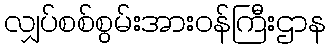
လျှပ်စစ်စွမ်းအားဝန်ကြီးဌာန